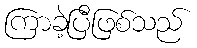
ကြာခဲ့ပြီဖြစ်သည်